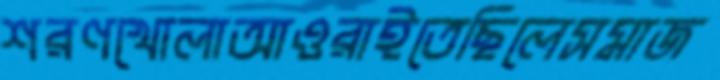
শরণখোলাআওরাইতেছিলেসমাজ